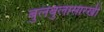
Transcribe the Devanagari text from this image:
बुलबुलासारखी